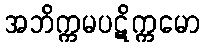
အဘိက္ကမပဋိက္ကမော